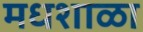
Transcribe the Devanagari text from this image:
मधशाळा